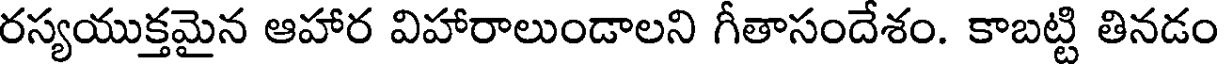
రస్యయుక్తమైన ఆహార విహారాలుండాలని గీతాసందేశం. కాబట్టి తినడం